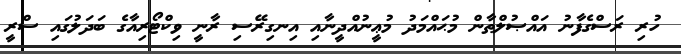
ހުރި ރަސްގެފާނު އައްޞުލްޠާން މުޙައްމަދު މުޢީނުއްދީނާއި އިނގިރޭސި ރާނީ ވިކްޓޯރިއާގެ ބަދަލުގައި ސްރީ